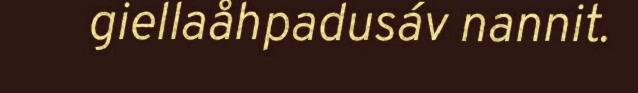
giellaåhpadusáv nannit.